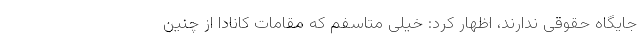
جایگاه حقوقی ندارند، اظهار کرد: خیلی متاسفم که مقامات کانادا از چنین